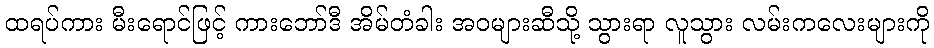
ထရပ်ကား မီးရောင်ဖြင့် ကားဘော်ဒီ အိမ်တံခါး အဝများဆီသို့ သွားရာ လူသွား လမ်းကလေးများကို